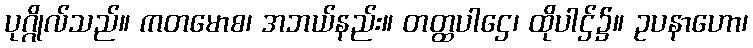
ပုဂ္ဂိုလ်သည်။ ကတမောစ၊ အဘယ်နည်း။ တတ္ထပါဌေ၊ ထိုပါဌ်၌။ ဥပနာဟော၊